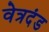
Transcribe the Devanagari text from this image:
वेत्रदंड